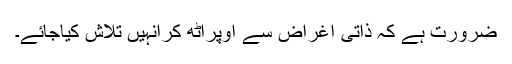
ضرورت ہے کہ ذاتی اغراض سے اوپراٹھ کرانہیں تلاش کیاجائے۔